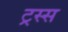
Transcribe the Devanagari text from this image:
ट्रस्स